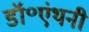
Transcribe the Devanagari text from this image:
डॉ॰एंथनी